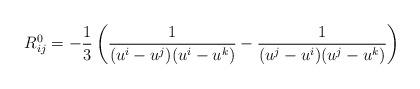
LaTeX: \begin{align*}R_{ij}^{0}=-\frac{1}{3}\left( \frac{1}{(u^{i}-u^{j})(u^{i}-u^{k})}-\frac{1}{(u^{j}-u^{i})(u^{j}-u^{k})}\right) \end{align*}